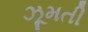
ઝૂમતી